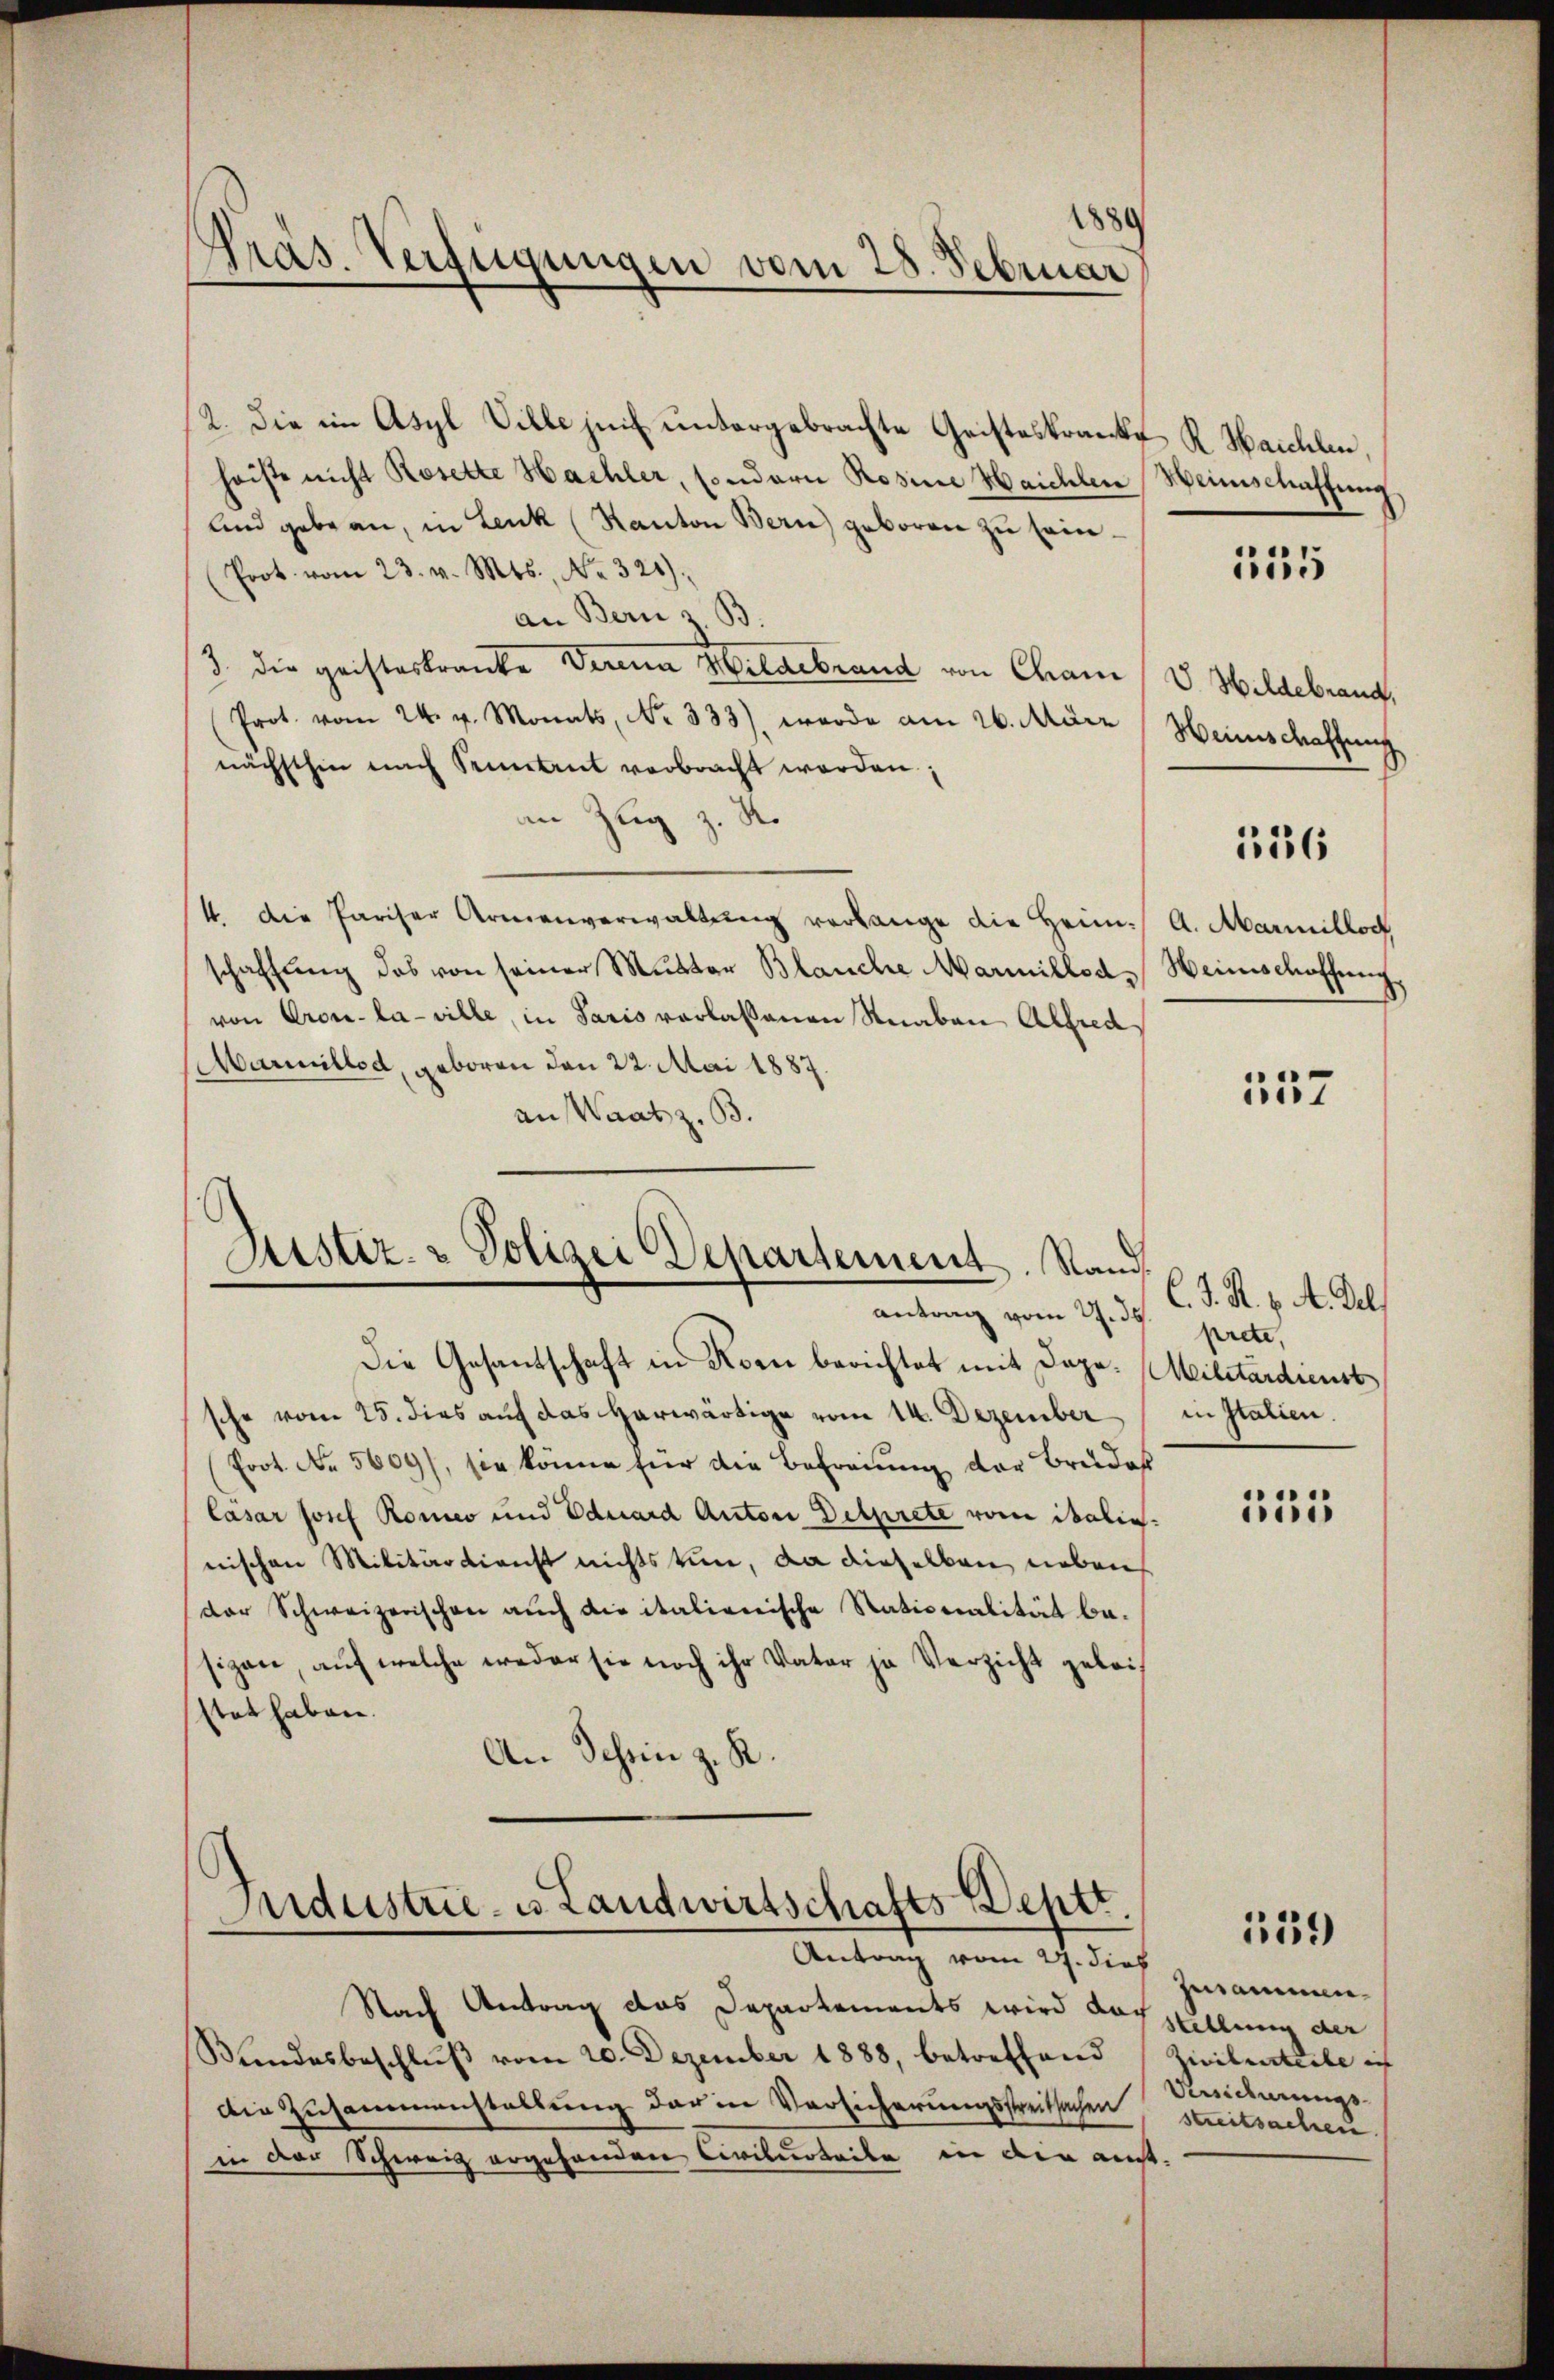
Präs. Verfügungen vom 28. Februar

2. Die im Asyl Ville heit untergebrachte Geisteskranke K. Haichlen
haiste nicht Rosette Hachler, sondern Rosine Haichlen Heimschaffung
und gebe an, in Leuk (Kanton Bern geboren zu sein¬
Prot. vom 23. v. Mts., No. 321).
an Bern z. B.
3. die geisteskranke Verena Hildebrand von Chami / V. Hildebrand,
Prot. vom 24. v. Monats, No 333), werde am 26. März / Heinschaftung
nächsthin nach Sennant verbracht worden;
an Zug z. R.
4. Die Pariser Armenverwaltŭng verlange die Heim. A. Marmilloch
schaffŭng des von seiner Mutter Blanche Marmillet. Heimschaffung,
von Cron-la-ville, in Paris verlassenen Knaben Alfred
Marillod, geboren den 22. Mai 1887.
an Waatz. B.
Justiz- & Polizei Departement. Stand
antrag vom 27. 34. prete,
Die Gesandschaft in Korn berichtet mit Dage. Militärdienst
sche vom 25. dies auf das herwärtige vom 14. Dezember in Italien.
(fort. No. 5609), sie könne für die Befreiung der Bruder
lasar Josef Romeo und Eduard Anton Delprete vom italie
nischen Militärdienst nichts kan, da dieselben neben
der Schweizerischen auch die italienische Stationalität be-
sizen, auf welche weder sie noch ihr Vater ja Verzicht geleistet haben.
An Schen z. R.

Industrie es Landwirtschafts Deptt.
Antrag vom 27. dich zusammen.

Nach Antrag das Departements wird doch stellung der
Bundesbeschlŭβ vom 20. Dezember 1888, betreffend (Ziilenteile ich
Die Zusammenstellung der in Versicherungsstreitsachen, streitsachen.
in der Schweiz ergehenden Civilurteile in der ant-

155

356

557

C. J. R. v. A. Del

125

139

Veidirungs¬